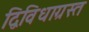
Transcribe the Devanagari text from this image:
द्विविधाग्रस्त